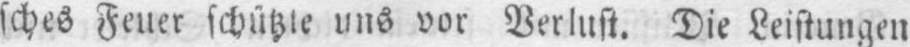
sches Feuer schützte uns vor Verlust. Die Leistungen